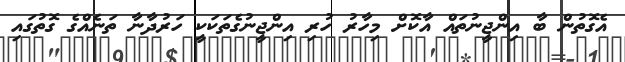
އެގޮތުން ބާ އިންޖީނުތައް އާކޮށް މިހާރު ހުރި އިންޖީނުގެތަކަކީ ހަރުދާނާ ތަނެއްގެ ގޮތުގައި